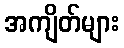
အကျိတ်များ